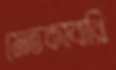
মেতকাবারি